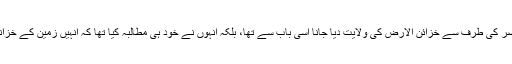
حضرت یوسفؑ کو شاہِ مصر کی طرف سے خزائن الارض کی ولایت دیا جانا اسی باب سے تھا، بلکہ انہوں نے خود ہی مطالبہ کیا تھا کہ انہیں زمین کے خزانوں کا ذمہ دار بنایا جائے۔